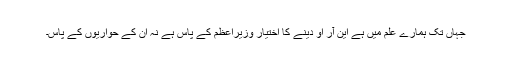
جہاں تک ہمارے علم میں ہے این آر او دینے کا اختیار وزیرِاعظم کے پاس ہے نہ اُن کے حواریوں کے پاس۔